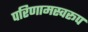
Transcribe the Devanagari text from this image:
परिणामस्वरूप